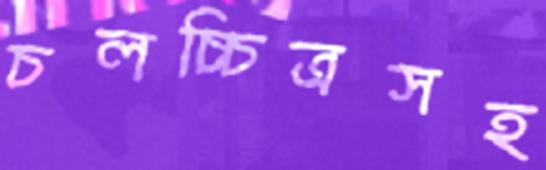
চলচ্চিত্রসহ